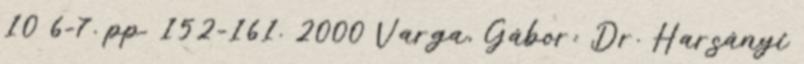
10 6-7. pp. 152-161. 2000 Varga, Gábor: Dr. Harsányi